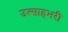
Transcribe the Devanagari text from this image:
उत्साहभरी